Rangoon Lunatic Asylum 1893-1897 - 1893-1897
Year: 1893
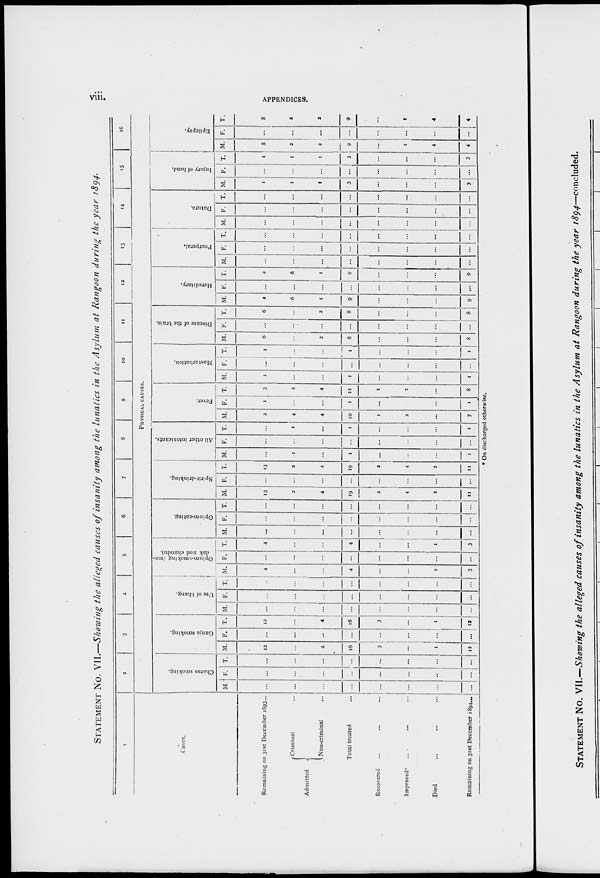
viii.
APPENDICES.
STATEMENT No. VII.—Showing the alleged causes of insanity among the lunatics in the Asylum at Rangoon during the year 1894.
1
Cases.
Remaining on 31st December 1893...
Admitted
Criminal ...
Non-criminal ...
Total treated ...
Recovered
Improved ... ... ...
Died
Remaining on 31st December 1894...
2
3
4
5
6
7
8
9
10
11
12
13
14
15
16
PHYSICAL CAUSES.
Charas smoking.
M.
...
...
...
...
...
...
...
...
F.
...
...
...
...
...
...
...
...
T.
...
...
...
...
...
...
...
...
Ganja smoking.
M.
12
...
4
16
3
...
1
12
F.
...
...
...
...
...
...
...
...
T.
12
...
4
16
3
...
1
12
Use of bhang.
M.
...
...
...
...
...
...
...
...
F.
...
...
...
...
...
...
...
...
T.
...
...
...
...
...
...
...
...
Opium-smoking (ma¬
dak and chandu).
M.
4
...
...
4
...
...
1
3
F.
...
...
...
...
...
...
...
...
T.
4
...
...
4
...
...
1
3
Opium-eating.
M.
...
...
...
...
...
...
...
...
F.
...
...
...
...
...
...
...
T.
...
...
...
...
...
...
...
Spirit-drinking.
M.
13
2
4
19
2
4
2
11
F.
...
...
...
...
...
...
...
...
T.
13
2
4
19
2
4
2
11
All other intoxicants.
M.
...
1
...
1
...
...
...
1
F.
...
...
...
...
...
...
...
...
T.
...
1
...
1
...
...
...
1
Fever.
M.
2
4
4
10
1
2
...
7
F.
1
...
...
1
...
...
...
1
T.
3
4
4
11
1
2
...
8
Masturbation.
M.
1
...
...
1
...
...
...
1
F.
...
...
...
...
...
...
...
...
T.
1
...
...
1
...
...
...
1
Disease of the brain.
M.
6
...
2
8
...
...
...
8
F.
...
...
...
...
...
...
...
...
T.
6
...
2
8
...
...
...
8
Hereditary.
M.
2
6
1
9
...
...
...
9
F.
...
...
...
...
...
...
...
...
T.
2
6
1
9
...
...
...
9
Puerperal.
M.
...
...
...
...
...
...
...
...
F.
...
...
...
...
...
...
...
...
T.
...
...
...
...
...
...
...
...
Datura.
M.
...
...
...
...
...
...
...
...
F.
...
...
...
...
...
...
...
...
T.
...
...
...
...
...
...
...
...
Injury of head.
M.
1
1
1
3
...
...
...
3
F.
...
...
...
...
...
...
...
...
T.
1
1
1
3
...
...
...
3
Epilepsy.
M.
5
2
2
9
...
1
4
4
F.
...
...
...
...
...
...
...
...
T.
5
2
2
9
...
1
4
4
*On discharged otherwise.